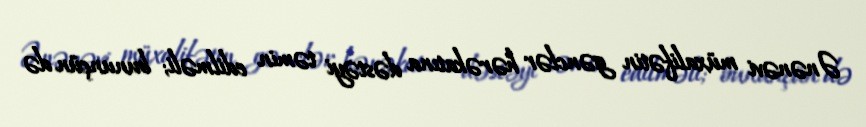
Ənənəvi müxalifətin gənclər hərəkatına dəstəyi təmin edilməli; bununçün də